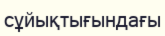
сұйықтығындағы